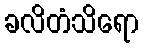
ခလိတံသိရော